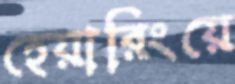
হেয়ারিংয়ে